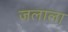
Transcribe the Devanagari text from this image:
जलाला